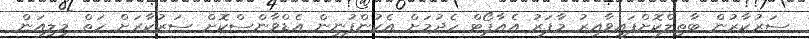
ސަރުކާރުން ބާތިލްކޮށްފައިވާއިރު މާފަރު އެއާޕޯޓް ހެދުމަށް އެކުންފުނިން އެޑްވާންސްކޮށް ސަރުކާރަށް ހަތް މިލިއަން